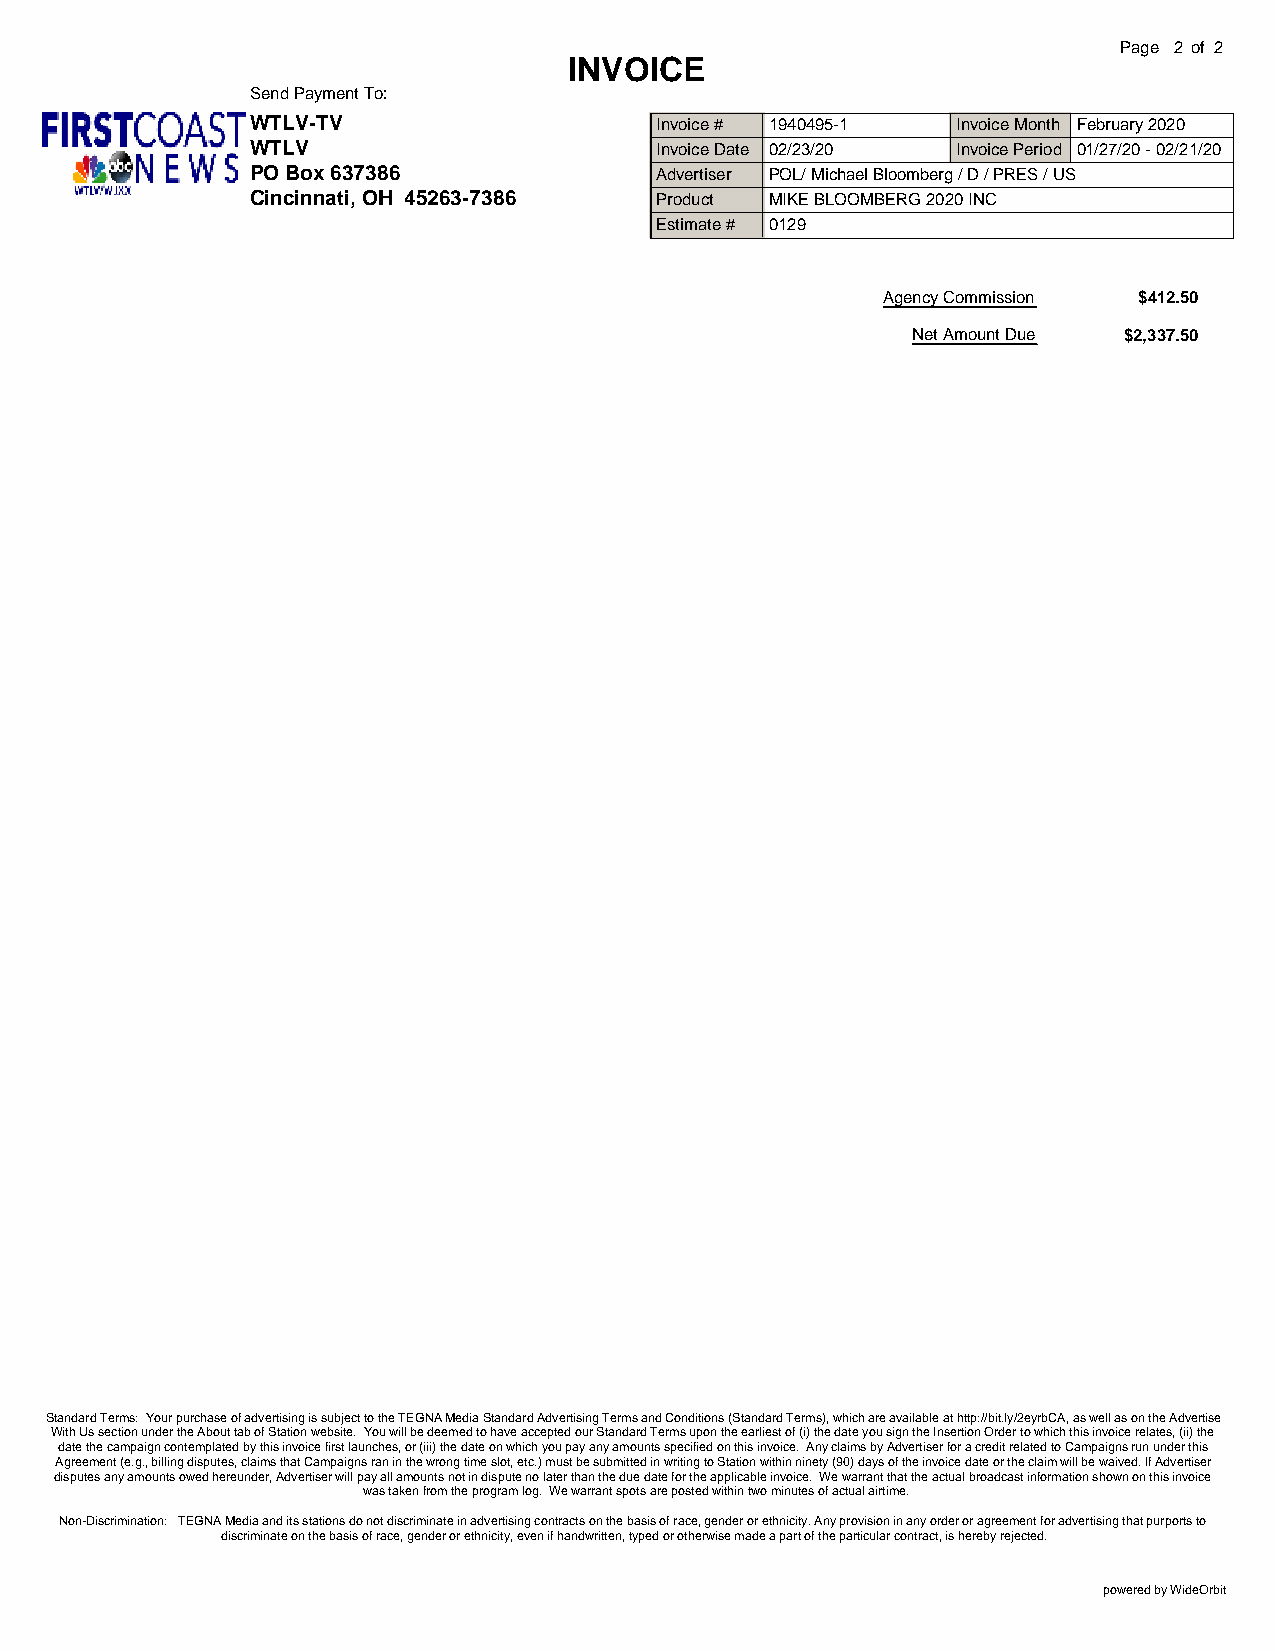
Page 2 of 2
 INVOICE
 Send Payment To:
 WTLV-TV                   Invoice # 1940495-1 Invoice Month February 2020
 WTLV                      Invoice Date 02/23/20 Invoice Period 01/27/20 - 02/21/20
 PO Box 637386             Advertiser POL/ Michael Bloomberg / D / PRES / US
 Cincinnati, OH 45263-7386 Product MIKE BLOOMBERG 2020 INC
 Estimate # 0129
 Agency Commission $412.50
 Net Amount Due $2,337.50
 Standard Terms: Your purchase of advertising is subject to the TEGNA Media Standard Advertising Terms and Conditions (Standard Terms), which are available at http://bit.ly/2eyrbCA, as well as on the Advertise
 With Us section under the About tab of Station website. You will be deemed to have accepted our Standard Terms upon the earliest of (i) the date you sign the Insertion Order to which this invoice relates, (ii) the
 date the campaign contemplated by this invoice first launches, or (iii) the date on which you pay any amounts specified on this invoice. Any claims by Advertiser for a credit related to Campaigns run under this
 Agreement (e.g., billing disputes, claims that Campaigns ran in the wrong time slot, etc.) must be submitted in writing to Station within ninety (90) days of the invoice date or the claim will be waived. If Advertiser
 disputes any amounts owed hereunder, Advertiser will pay all amounts not in dispute no later than the due date for the applicable invoice. We warrant that the actual broadcast information shown on this invoice
 was taken from the program log. We warrant spots are posted within two minutes of actual airtime.
 Non-Discrimination: TEGNA Media and its stations do not discriminate in advertising contracts on the basis of race, gender or ethnicity. Any provision in any order or agreement for advertising that purports to
 discriminate on the basis of race, gender or ethnicity, even if handwritten, typed or otherwise made a part of the particular contract, is hereby rejected.
 powered by WideOrbit